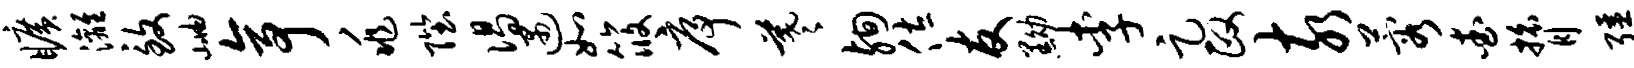
旷漓致岫亭兆陛偈遇如筱序羲殉佐友黝李足政亥蓉查膂强